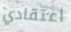
اعتقادي